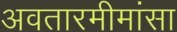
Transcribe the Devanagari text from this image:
अवतारमीमांसा